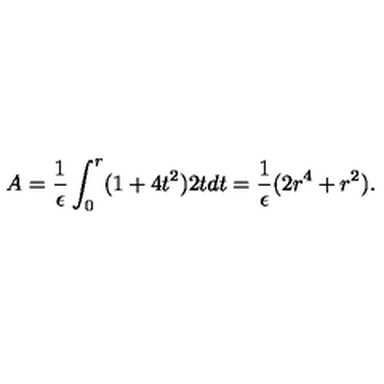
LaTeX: A = { \frac { 1 } { \epsilon } } \int _ { 0 } ^ { r } ( 1 + 4 t ^ { 2 } ) 2 t d t = { \frac { 1 } { \epsilon } } ( 2 r ^ { 4 } + r ^ { 2 } ) .